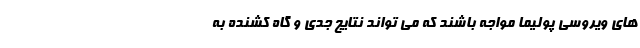
های ویروسی پولیما مواجه باشند که می تواند نتایج جدی و گاه کشنده به